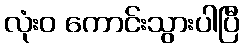
လုံးဝ ကောင်းသွားပါပြီ